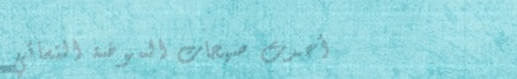
أحدث صيحات الموضة النسائي